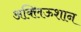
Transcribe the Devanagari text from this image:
अक्लिऊशान